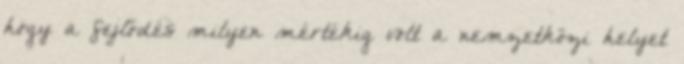
hogy a fejlődés milyen mértékig volt a nemzetközi helyet